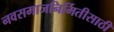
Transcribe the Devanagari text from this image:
नवसमाजनिर्मितीसाठी